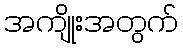
အကျိုးအတွက်